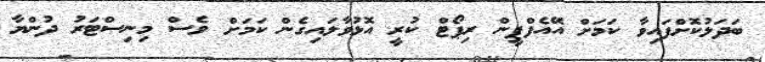
ބަދަލުކޮށްފައިވާ ކަމަށް އޭއެފްޕީން ރިޕޯޓް ކުރީ އޮޅުވާލައިގެން ކަމަށް ވެސް މިނިސްޓަރު ދުންޔާ